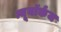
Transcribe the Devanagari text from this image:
न्यूयॉर्कज